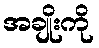
အချိုးကို